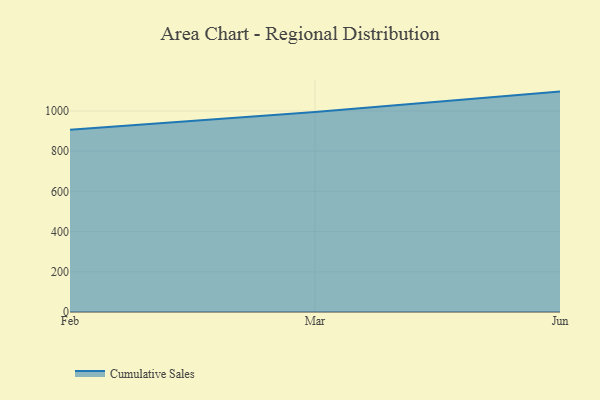
{"axis": {"x": "Month", "y": "Active Users"}, "legend": ["Cumulative Sales"], "data": [{"x": "Feb", "y": 906.0, "type": "Cumulative Sales"}, {"x": "Mar", "y": 995.2, "type": "Cumulative Sales"}, {"x": "Jun", "y": 1096.3, "type": "Cumulative Sales"}]}